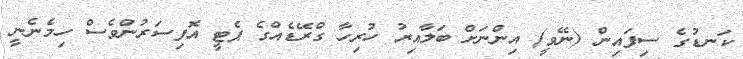
ކަނޑުގެ ސިފައިން (ނޭވީ) އިންނަށް ބަލާއިރު ހުރިހާ ގްރޭޑެއްގެ ޕެޓީ އޮފިސަރުންވެސް ހިމެނެނީ